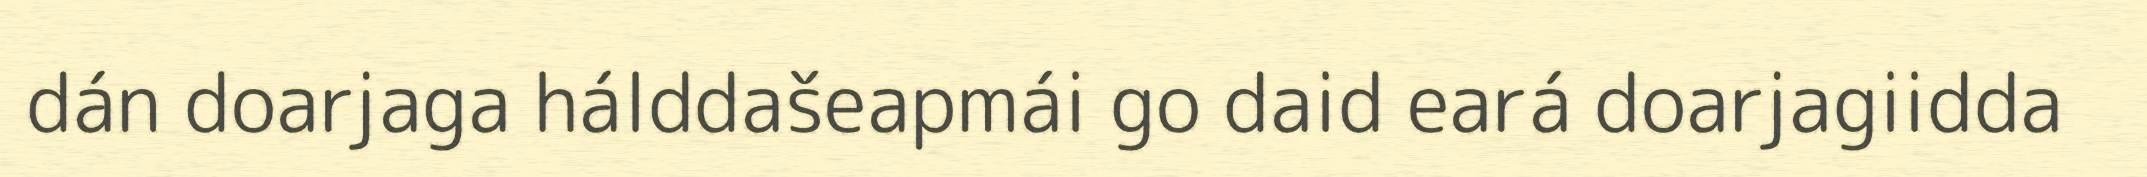
dán doarjaga hálddašeapmái go daid eará doarjagiidda